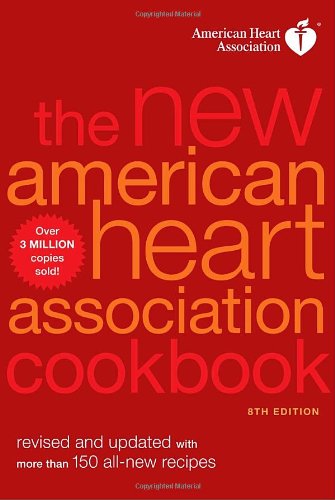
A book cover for The New American Heart Association Cookbook, 8th Edition; American Heart Association; Health, Fitness & Dieting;